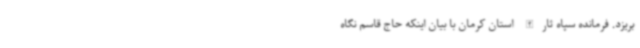
بریزد. فرمانده سپاه ثارالله استان کرمان با بیان اینکه حاج قاسم نگاه